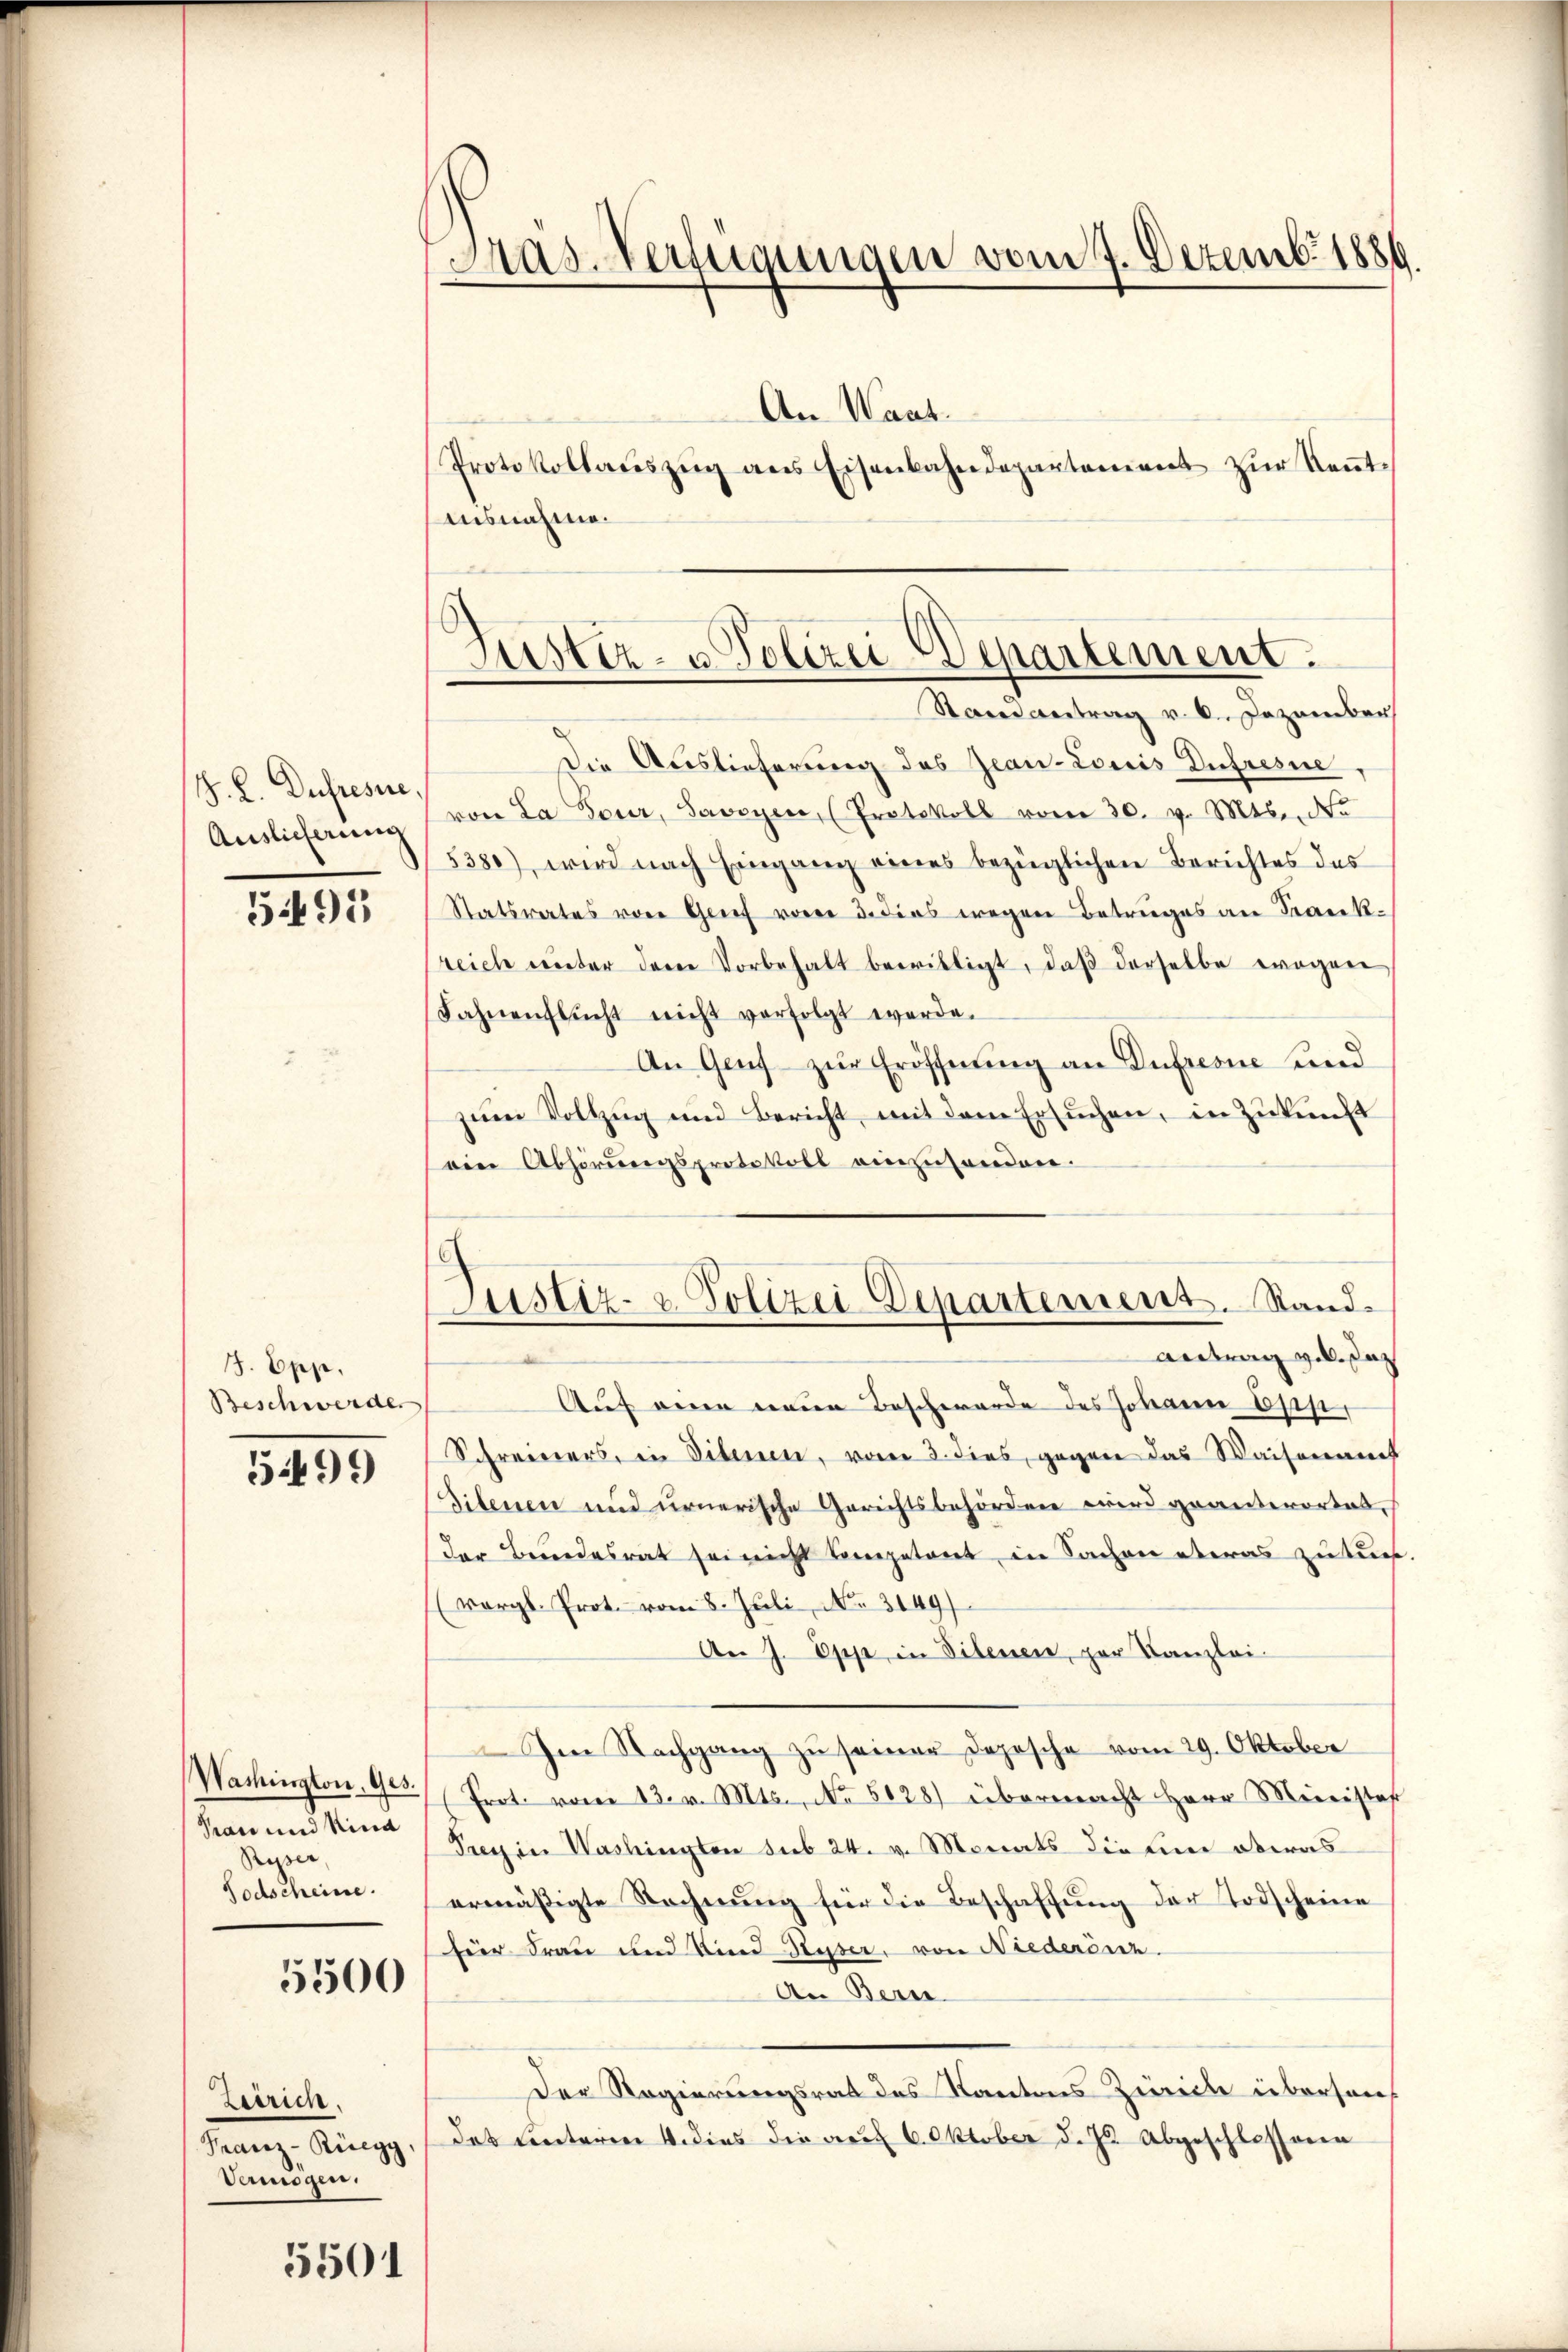
J. C. Dupresse,
Auslieferung

5495

J. Epp.
Beschwerden

5499

Washington, Ges.
Pan und Rind
Ryser,
Todscheine

5500

Zerrich.
drange unge
Degen.

5501

Präs. Verfügungen vom 7. Dezemb. 1889.

An Waat.
ausnahme.
Stainantrag v. 6. Dezember
Die Auslieferung des Zeau-Louis Dufresne
von La Four, Savoyen, (Protokoll vom 30. v. Mts. No
5380), wird nach Eingang eines bezüglichen Berichtes des
Statsrates von Genf vom 3. dies wegen Betruges an Franksreich unter dem Vorbehalt bewilligt, daβ derselbe wegen
Fahnenflŭcht nicht verfolgt werde.
An Genf zur Eröffnung an Aufresse und
zŭm Vollzug und Bericht, mit dem Ersuchen, in Zukunft
sein Abhörungsprotokoll einzuhanden.
Antrag vol. das
Auf eine einen Beschwerde des Johann bis
Schreiners, in Sibenen, vom 3. dies, gegen das Waisenamt
Siltenen und urnerische Gerichtsbehörden wird geanterortet,
der Brandesrat sei nicht kompetent in Sachen etwas zu such
(vergl. Prot. vom 8. Juli, No. 3149/
An J. Oppe in Dienen, par Kanzlei-
Im Nachgang zŭ seiner Depesche vom 29. Oktober
Prot. vom 13. v. Mts., No 5128) übermacht Herr Meierstaf
Frey in Washington sub 24. v. Monats die Eine etwas
ermäßigte Rechnŭng für die Beschaffŭng der Todscheine
für Frau und Kind Ryser, von Niederdin
An Bern
Der Regierungsrat des Kantons Zürich übersan
das Unterie 4. dies die auf 6. Oktober d. Js. abgeschlossenen

Protokollaŭszŭg ans Eisenbahndepartement zŭr Keṅt-

.
Justiz- u. Polizei Departement.

Justiz- & Polizei Departement. Stand.